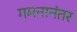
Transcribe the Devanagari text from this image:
गमनानंतर